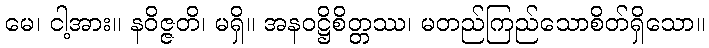
မေ၊ ငါ့အား။ နဝိဇ္ဇတိ၊ မရှိ။ အနဝဋ္ဌိစိတ္တဿ၊ မတည်ကြည်သောစိတ်ရှိသော။